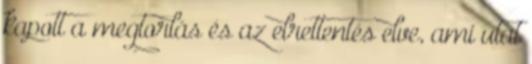
kapott a megtorlás és az elrettentés elve, ami utat